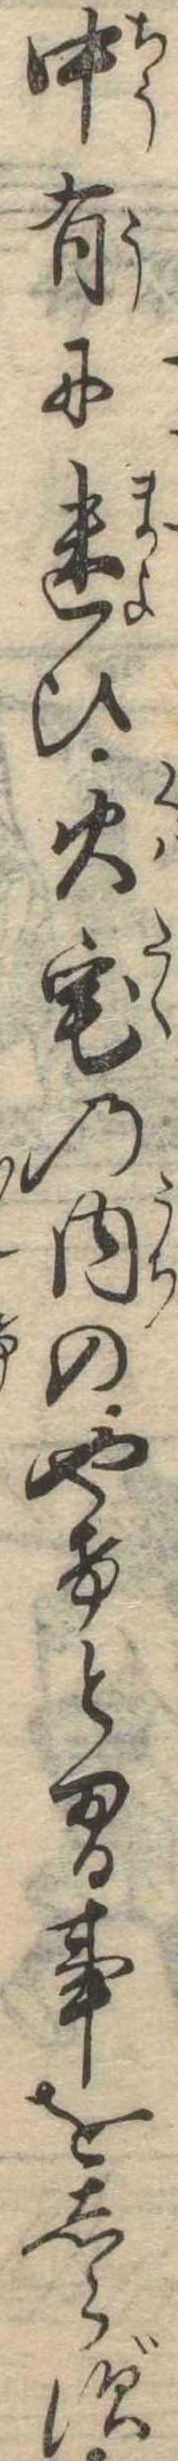
中有に迷ひ火宅の内のやけとまる事をしらず